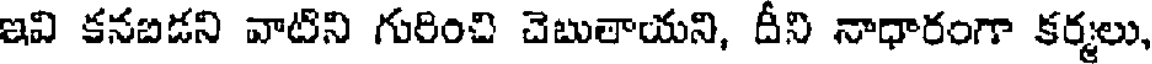
ఇవి కనబిడని వాటిని గురించి చెబుతాయని, దీని నాధారంగా కర్మలు,